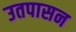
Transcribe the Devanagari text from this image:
उतपासन